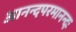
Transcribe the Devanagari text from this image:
आनन्दपरमानन्दः